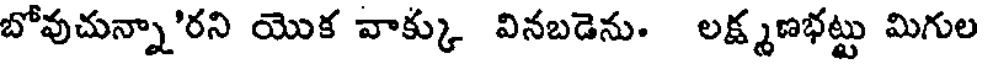
బోవుచున్నా'రని యొక వాక్కు వినబడెను. లక్ష్మణభట్టు మిగుల